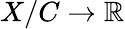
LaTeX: X/C\to\mathbb{R}